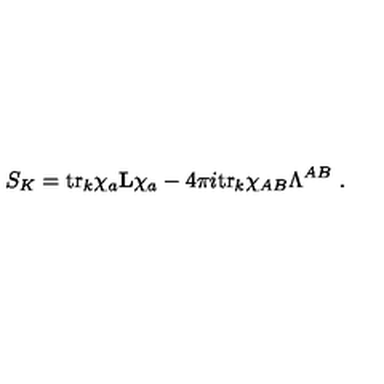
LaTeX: S _ { K } = \mathrm { t r } _ { k } \chi _ { a } { \bf L } \chi _ { a } - 4 \pi i \mathrm { t r } _ { k } \chi _ { A B } \Lambda ^ { A B } \ .